画像に写った文字を読んでください
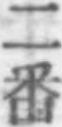
「二番」と書いてあります